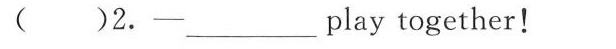
( )2.-_play together!